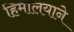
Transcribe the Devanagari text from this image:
हिमालयाने